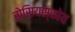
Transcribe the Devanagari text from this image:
रोसियस्कोय